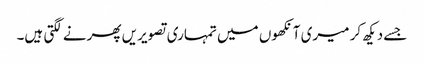
جسے دیکھ کر میری آنکھوں میں تمہاری تصویریں پھرنے لگتی ہیں۔